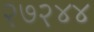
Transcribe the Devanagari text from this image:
२७२४४